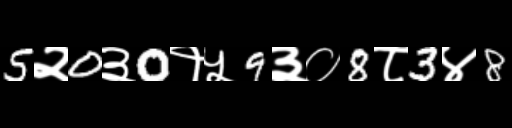
Text: 5२0३0१५9३०8८3४8